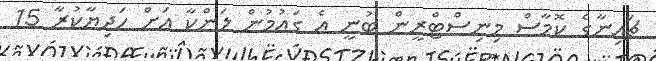
ޗައިނާގެ ކޮމާސް މިނިސްޓްރީން ބުނީ އެ ގައުމުން ލަންކާ އަށް ހަދިޔާކުރާ 15